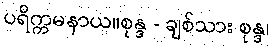
ပရိက္ကမနာယ။စုန္ဒ - ချစ်သား စုန္ဒ၊